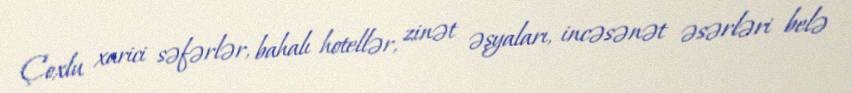
Çoxlu xarici səfərlər, bahalı hotellər, zinət əşyaları, incəsənət əsərləri belə